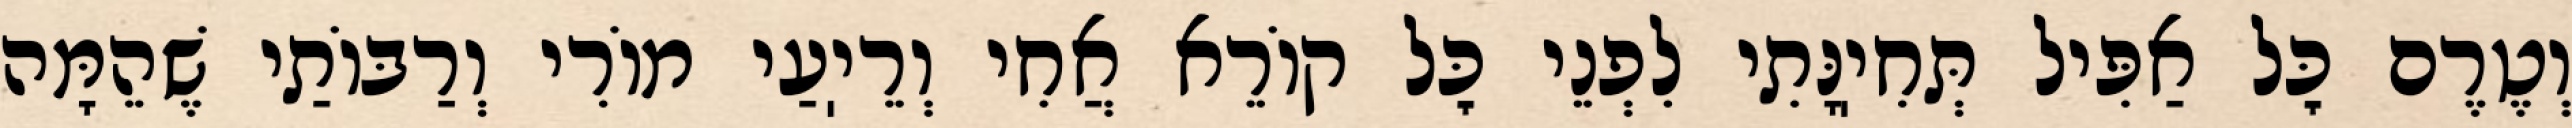
וְטֶרֶם כׇּל אַפִּיל תְּחִיֽנָּתִי לִפְנֵי כׇּל קוֹרֵא אֲחִי וְרֵיֽעַי מוֹרִי וְרַבּוֹתַי שֶׁהֵמָּה